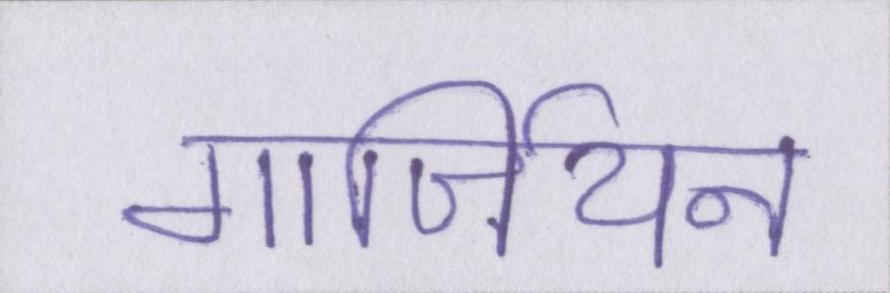
गार्जियन